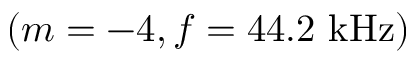
( m = - 4 , f = 4 4 . 2 \ \mathrm { k H z } )